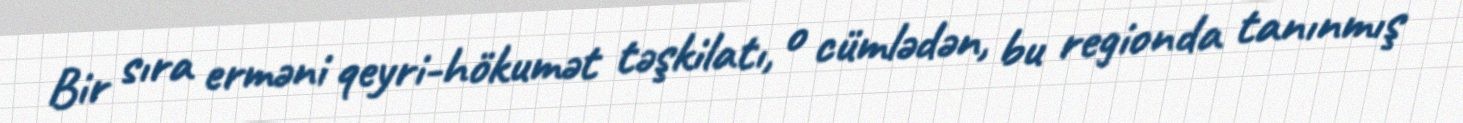
Bir sıra erməni qeyri-hökumət təşkilatı, o cümlədən, bu regionda tanınmış